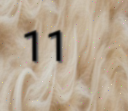
11